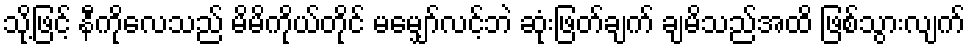
သို့ဖြင့် နီကိုလေသည် မိမိကိုယ်တိုင် မမျှော်လင့်ဘဲ ဆုံးဖြတ်ချက် ချမိသည်အထိ ဖြစ်သွားလျက်